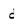
Character: d